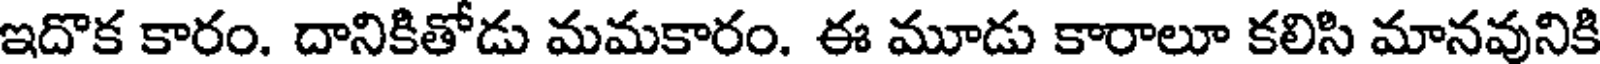
ఇదొక కారం. దానికితోడు మమకారం. ఈ మూడు కారాలూ కలిసి మానవునికి